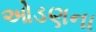
ઓડણના